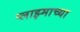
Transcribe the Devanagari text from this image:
प्लाझ्माच्या